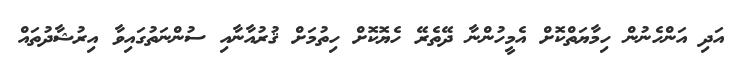
އަދި އަންހެނުން ހިމާޔަތްކޮށް އެމީހުންނާ ދޭތެރޭ ހެޔޮކޮށް ހިތުމަށް ޤުރުއާނާއި ސުންނަތުގައިވާ އިރުޝާދުތައް